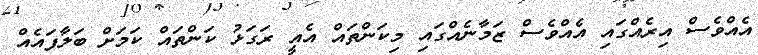
އެއްވެސް އިރެއްގައި އެއްވެސް ޒަމާނެއްގައި މިކަންތައް އެއީ ރަގަޅު ކަންތައް ކަމަށް ބަލާފައެއް